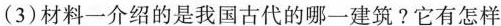
(3)材料一介绍的是我国古代的哪一建筑?它有怎样